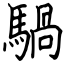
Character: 騧